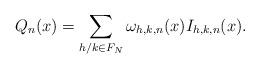
LaTeX: \begin{align*}Q_n(x) = \sum_{ h/k\in F_N} \omega_{h,k,n}(x) I_{h,k,n}(x) .\end{align*}